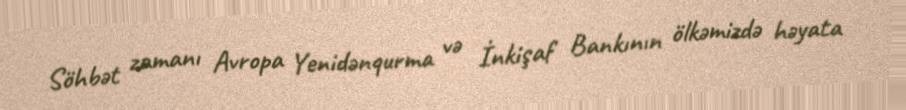
Söhbət zamanı Avropa Yenidənqurma və İnkişaf Bankının ölkəmizdə həyata